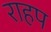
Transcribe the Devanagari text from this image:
राहप